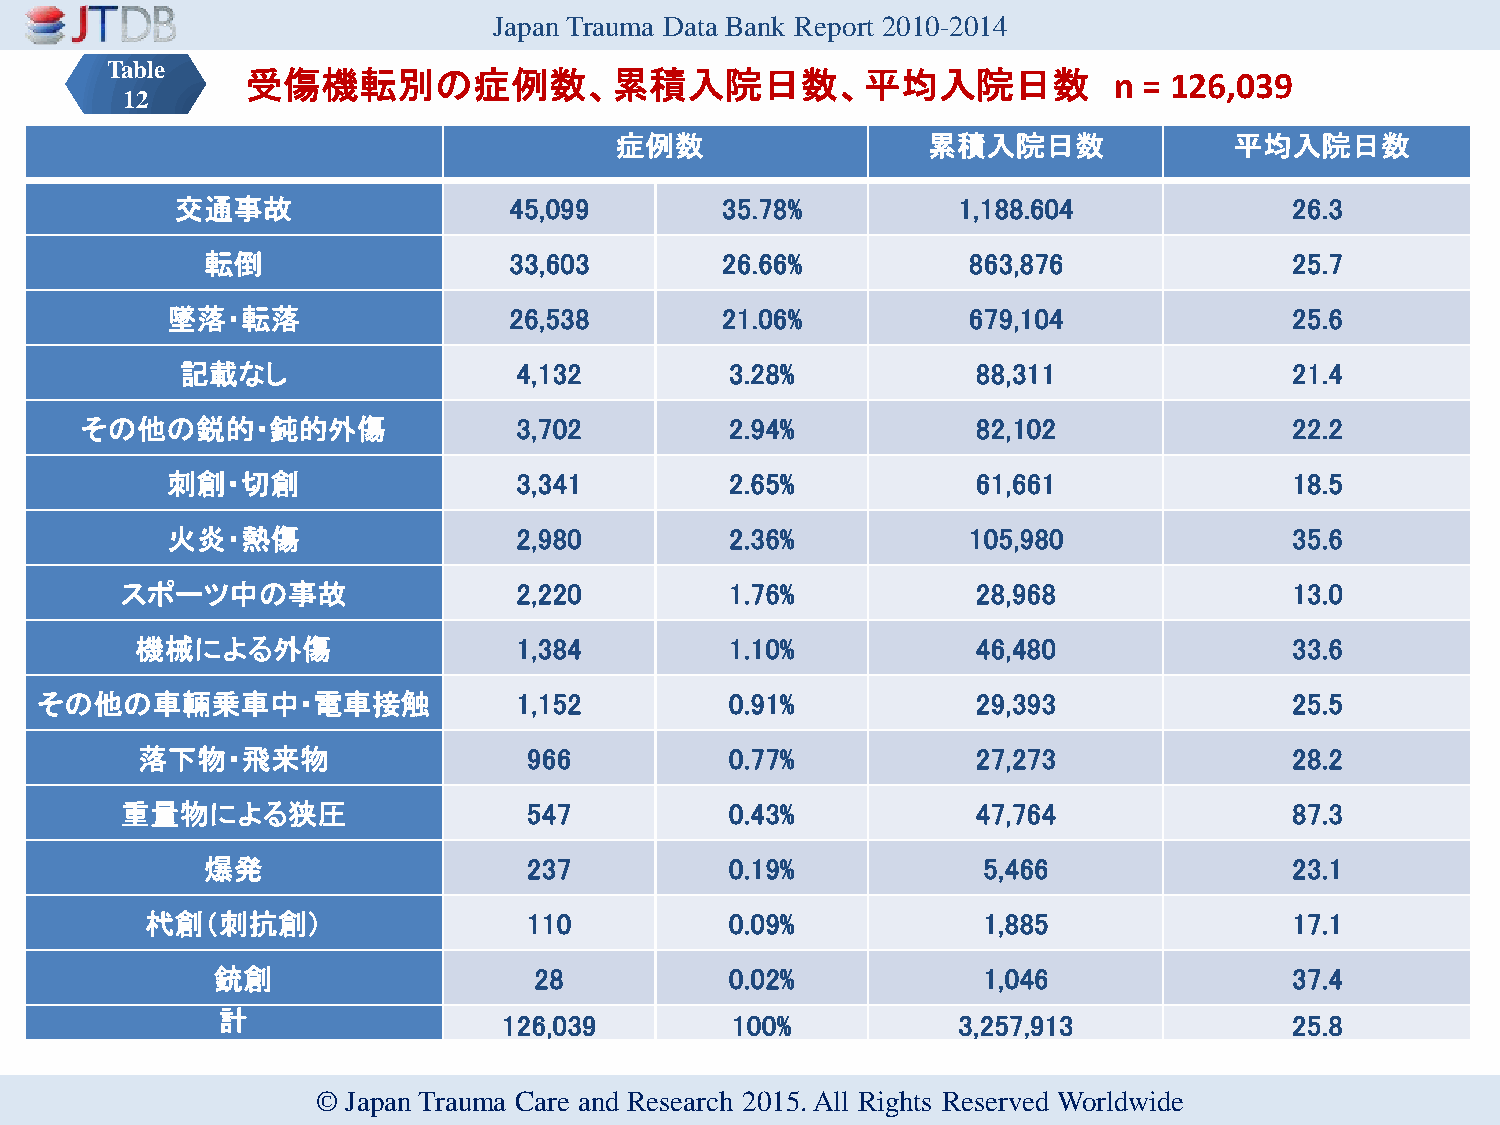
Japan Trauma Data Bank Report 2010-2014
 Table
 受傷機転別の症例数、累積入院日数、平均入院日数                                   n = 126,039
 12
 症例数                 累積入院日数               平均入院日数
 交通事故                  45,099        35.78%         1,188.604              26.3
 転倒                  33,603        26.66%          863,876               25.7
 墜落・転落                  26,538        21.06%          679,104               25.6
 記載なし                  4,132         3.28%            88,311               21.4
 その他の鋭的・鈍的外傷                  3,702         2.94%            82,102               22.2
 刺創・切創                  3,341         2.65%            61,661               18.5
 火炎・熱傷                  2,980         2.36%           105,980               35.6
 スポーツ中の事故                  2,220         1.76%            28,968               13.0
 機械による外傷                  1,384         1.10%            46,480               33.6
 その他の車輛乗車中・電車接触                  1,152         0.91%            29,393               25.5
 落下物・飛来物                   966          0.77%            27,273               28.2
 重量物による狭圧                   547          0.43%            47,764               87.3
 爆発                   237          0.19%            5,466                23.1
 杙創（刺抗創）                  110          0.09%            1,885                17.1
 銃創                   28           0.02%            1,046                37.4
 計                  126,039        100%           3,257,913              25.8
 © Japan Trauma Care and Research 2015. All Rights Reserved Worldwide